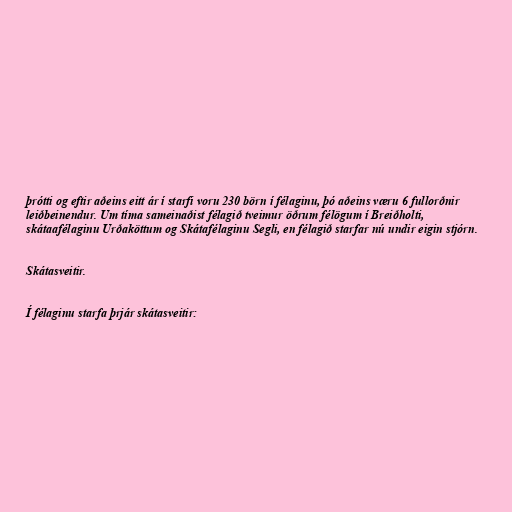
þrótti og eftir aðeins eitt ár í starfi voru 230 börn í félaginu, þó aðeins væru 6 fullorðnir
leiðbeinendur. Um tíma sameinaðist félagið tveimur öðrum félögum í Breiðholti,
skátaafélaginu Urðaköttum og Skátafélaginu Segli, en félagið starfar nú undir eigin stjórn.

Skátasveitir.

Í félaginu starfa þrjár skátasveitir: